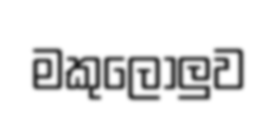
මකුලොලුව